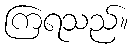
ကြရသည်။